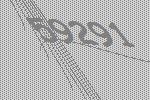
59291